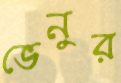
ভেনুর